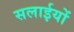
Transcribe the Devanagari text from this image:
सलाईयों